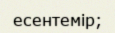
есентемір;